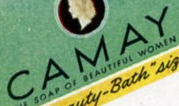
CAMAY